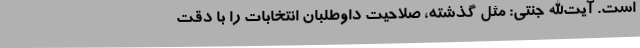
است. آیت‌الله جنتی: مثل گذشته، صلاحیت‌ داوطلبان انتخابات را با دقت